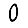
Digit: 0